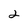
Character: 2